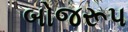
બોજરૂપ